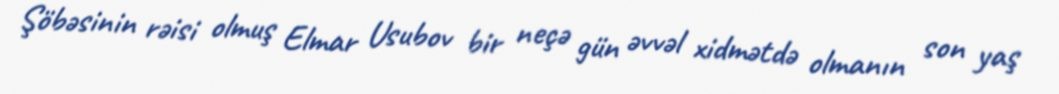
Şöbəsinin rəisi olmuş Elmar Usubov bir neçə gün əvvəl xidmətdə olmanın son yaş